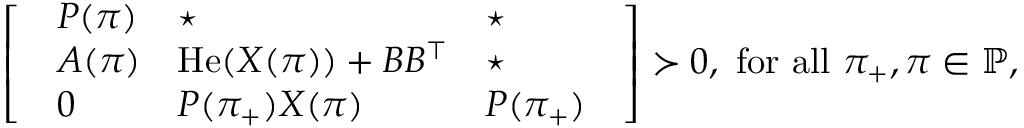
\left[ \begin{array} { l } { \begin{array} { l l l } { P ( \pi ) } & { \star } & { \star } \\ { A ( \pi ) } & { \operatorname { H e } ( X ( \pi ) ) + B B ^ { \top } } & { \star } \\ { 0 } & { P ( \pi _ { + } ) X ( \pi ) } & { P ( \pi _ { + } ) } \end{array} } \end{array} \right] \succ 0 , \mathrm { ~ f o r ~ a l l ~ } \pi _ { + } , \pi \in \mathbb { P } ,